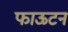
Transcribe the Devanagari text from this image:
फाऊटन